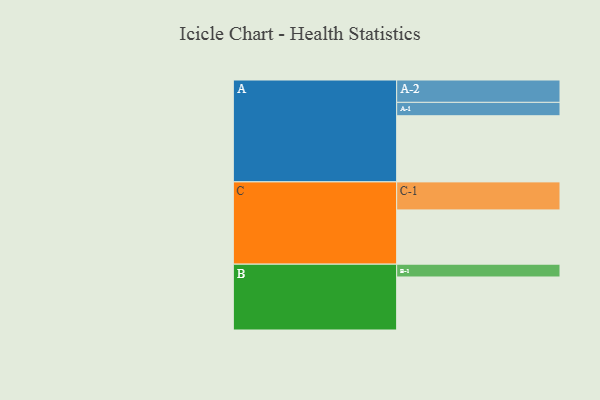
{"axis": {"x": "Segment", "y": "Value"}, "legend": ["", "A", "B", "C"], "data": [{"x": "A", "y": 429, "type": ""}, {"x": "B", "y": 344, "type": ""}, {"x": "C", "y": 352, "type": ""}, {"x": "A-1", "y": 87, "type": "A"}, {"x": "A-2", "y": 145, "type": "A"}, {"x": "B-1", "y": 83, "type": "B"}, {"x": "C-1", "y": 182, "type": "C"}]}